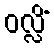
ဝလ္လိံ